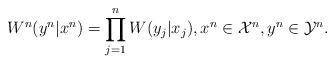
LaTeX: \begin{align*}W^{n}(y^{n}|x^{n}) = \prod\limits_{j=1}^{n} W(y_j|x_j), x^{n} \in \mathcal{X}^{n}, y^{n} \in \mathcal{Y}^{n}.\end{align*}